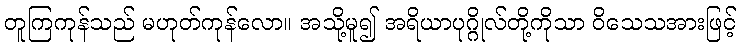
တူကြကုန်သည် မဟုတ်ကုန်လော။ အသို့မူ၍ အရိယာပုဂ္ဂိုလ်တို့ကိုသာ ဝိသေသအားဖြင့်